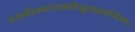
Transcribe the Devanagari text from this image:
एलाजीरकधान्याकनिम्बूरससमन्वितम्।